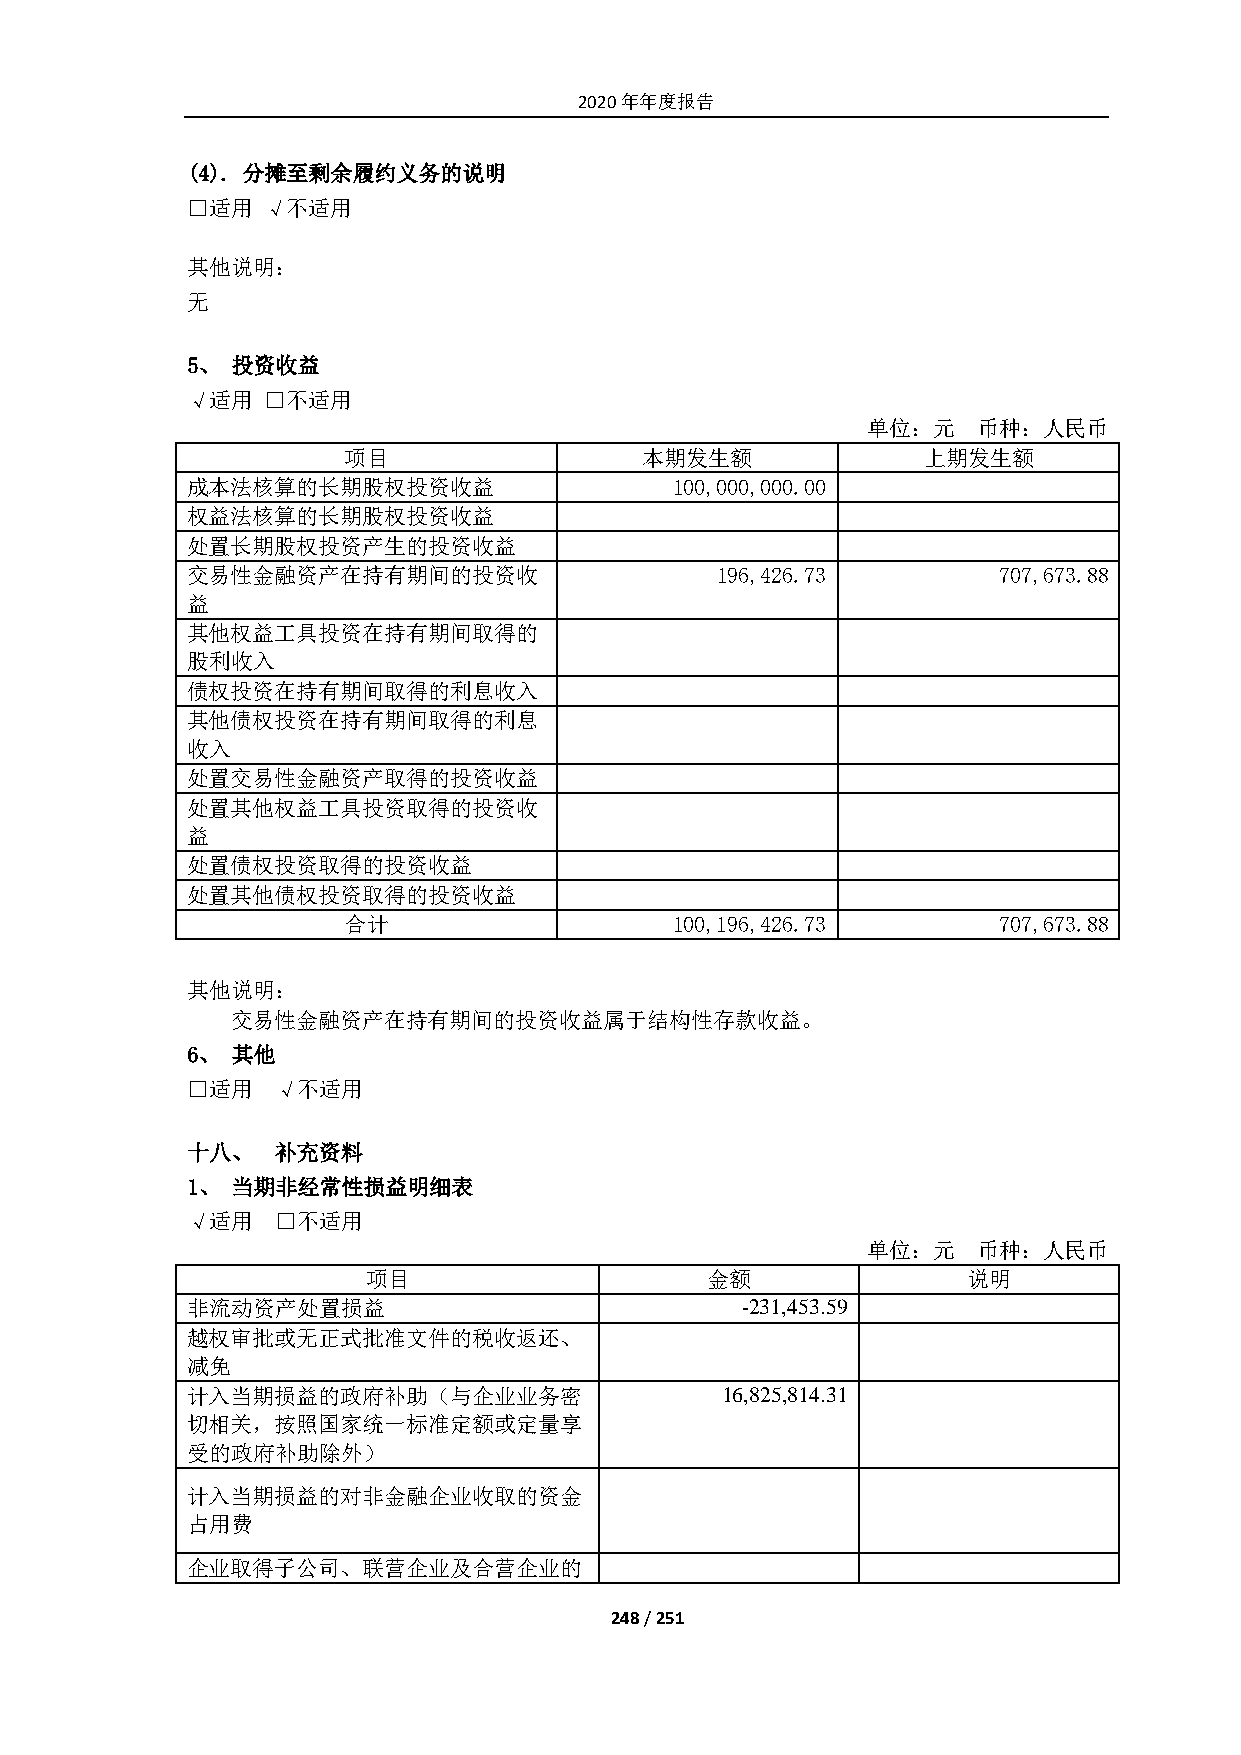
2020年年度报告
 (4). 分摊至剩余履约义务的说明
 □适用  √不适用
 其他说明：
 无
 5、 投资收益
 √适用  □不适用
 单位：元    币种：人民币
 项目                 本期发生额              上期发生额
 成本法核算的长期股权投资收益                   100,000,000.00
 权益法核算的长期股权投资收益
 处置长期股权投资产生的投资收益
 交易性金融资产在持有期间的投资收                   196,426.73         707,673.88
 益
 其他权益工具投资在持有期间取得的
 股利收入
 债权投资在持有期间取得的利息收入
 其他债权投资在持有期间取得的利息
 收入
 处置交易性金融资产取得的投资收益
 处置其他权益工具投资取得的投资收
 益
 处置债权投资取得的投资收益
 处置其他债权投资取得的投资收益
 合计                    100,196,426.73       707,673.88
 其他说明：
 交易性金融资产在持有期间的投资收益属于结构性存款收益。
 6、 其他
 □适用   √不适用
 十八、   补充资料
 1、 当期非经常性损益明细表
 √适用   □不适用
 单位：元    币种：人民币
 项目                     金额               说明
 非流动资产处置损益                            -231,453.59
 越权审批或无正式批准文件的税收返还、
 减免
 计入当期损益的政府补助（与企业业务密                  16,825,814.31
 切相关，按照国家统一标准定额或定量享
 受的政府补助除外）
 计入当期损益的对非金融企业收取的资金
 占用费
 企业取得子公司、联营企业及合营企业的
 248 / 251